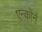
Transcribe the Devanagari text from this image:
एन्कोर्न